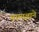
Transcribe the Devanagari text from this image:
वाग्यज्ञाने